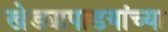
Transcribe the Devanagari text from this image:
खेड्यापाडयांच्या